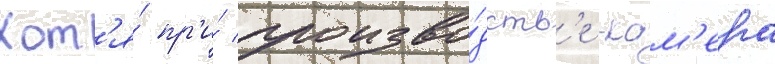
Хот'я́ пр'и́ произво́дств'е -кам'ера